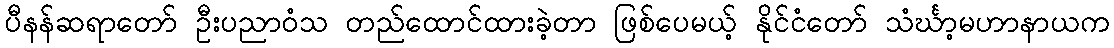
ပီနန်ဆရာတော် ဦးပညာဝံသ တည်ထောင်ထားခဲ့တာ ဖြစ်ပေမယ့် နိုင်ငံတော် သံင်္ဃာ့မဟာနာယက